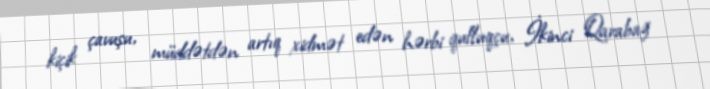
kiçik çavuşu, müddətdən artıq xidmət edən hərbi qulluqçu, İkinci Qarabağ